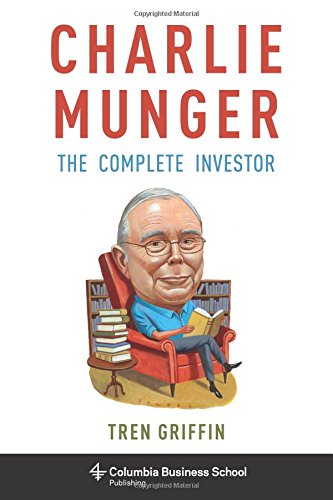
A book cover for Charlie Munger: The Complete Investor (Columbia Business School Publishing); Tren Griffin; Business & Money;